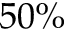
5 0 \%